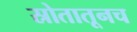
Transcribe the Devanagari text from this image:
स्रोतातूनच